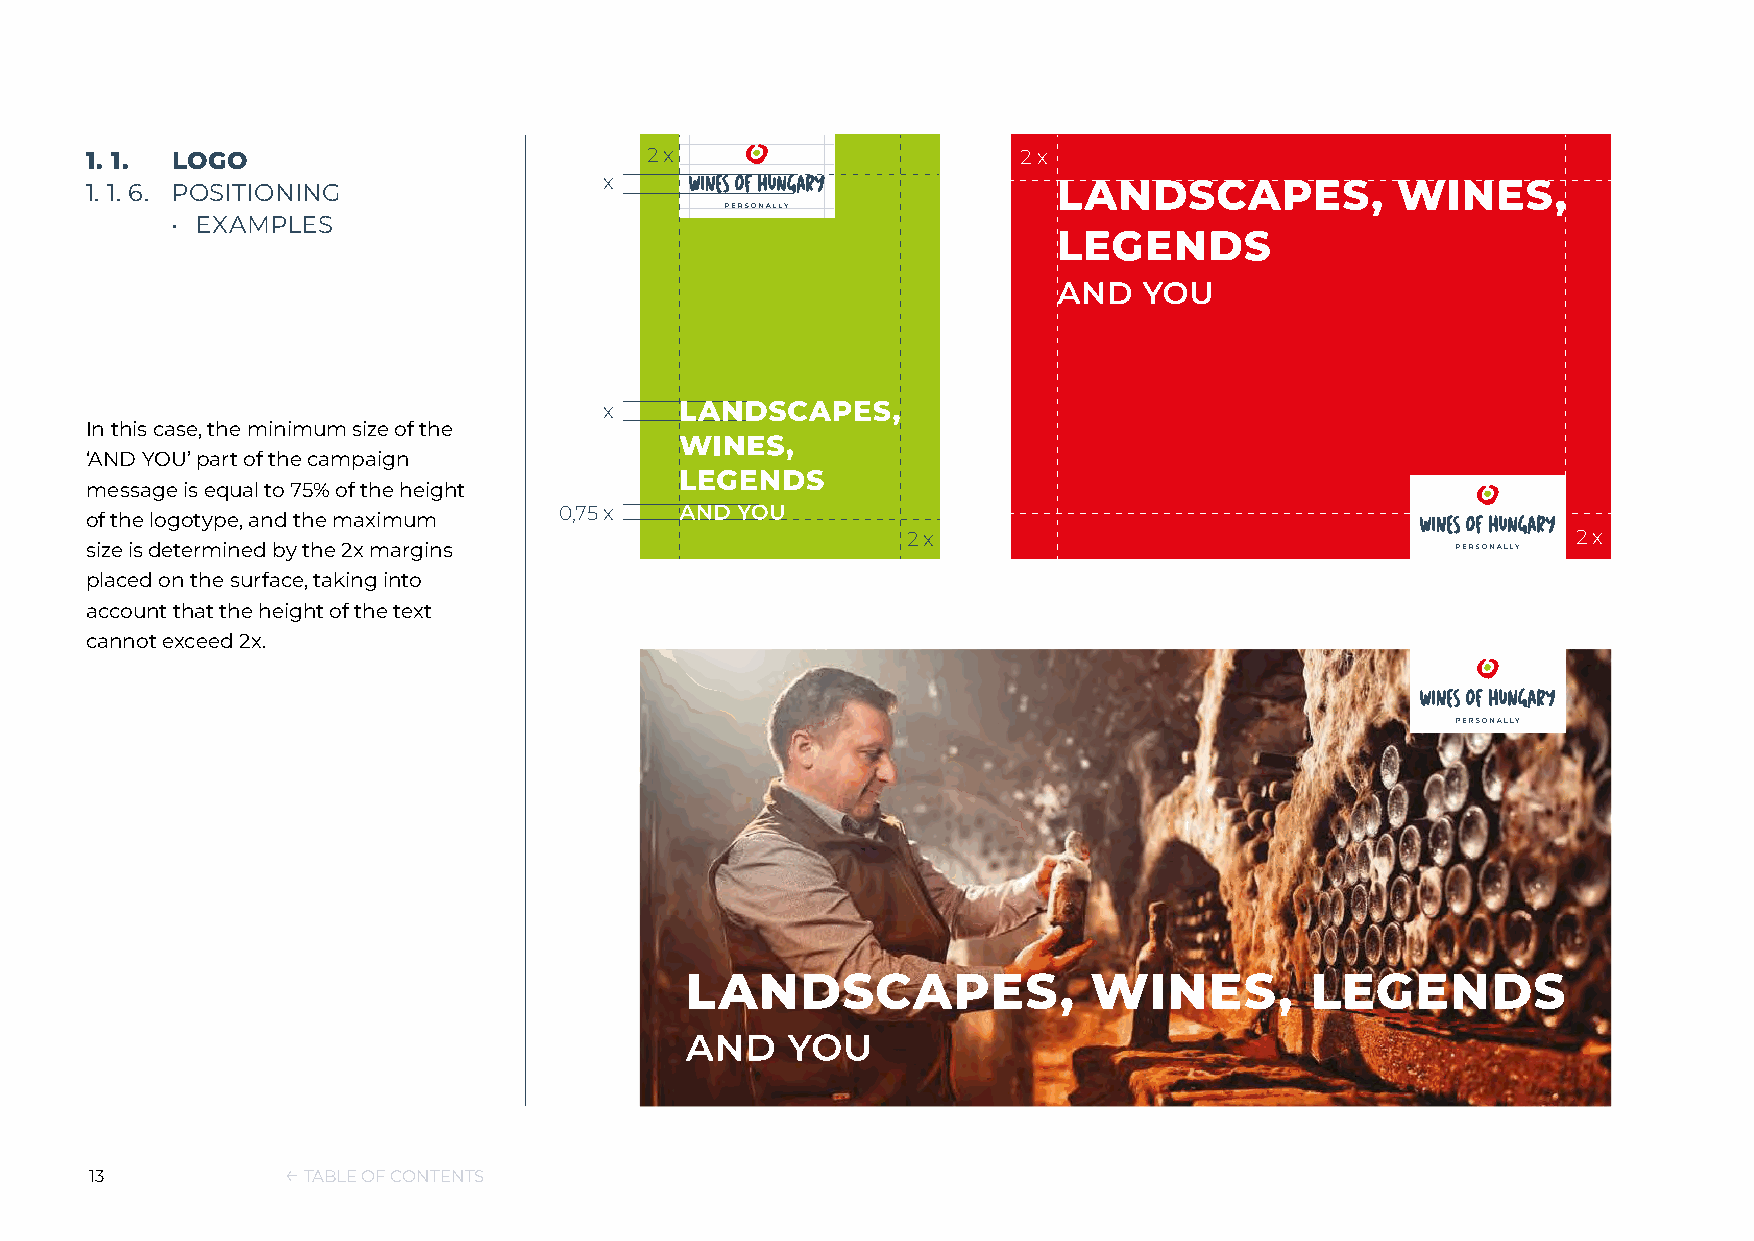
1. 1. LOGO                           2 x                      2 x
 x
 1. 1. 6. POSITIONING
 • EXAMPLES
 x
 In this case, the minimum size of the
 ‘AND YOU’ part of the campaign
 message is equal to 75% of the height
 0,75 x
 of the logotype, and the maximum
 2 x                                         2 x
 size is determined by the 2x margins
 placed on the surface, taking into
 account that the height of the text
 cannot exceed 2x.
 13           ← TABLE OF CONTENTS